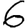
Digit: 6